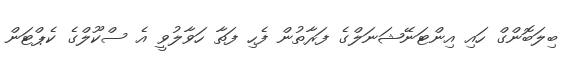
ބިލަބޮންގް ހައި އިންޓަނޭޝަނަލްގެ ފަރާތުން ފެހި ފަތާ ހަވާލުވީ އެ ސްކޫލްގެ ކެޕްޓަން